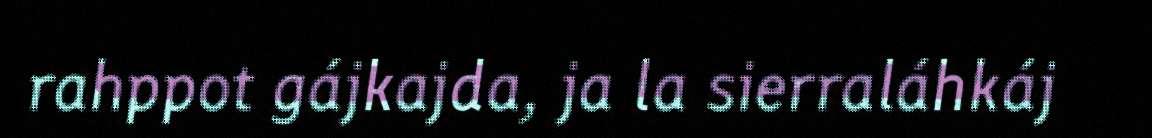
rahppot gájkajda, ja la sierraláhkáj